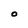
Character: O